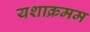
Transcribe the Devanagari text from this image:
यशाक्रमम